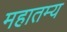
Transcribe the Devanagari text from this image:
महातम्य